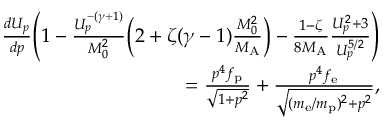
\begin{array} { r } { \frac { d U _ { p } } { d p } \Bigg ( 1 - \frac { U _ { p } ^ { - ( \gamma + 1 ) } } { M _ { 0 } ^ { 2 } } \Big ( 2 + \zeta ( \gamma - 1 ) \frac { M _ { 0 } ^ { 2 } } { M _ { \mathrm { A } } } \Big ) - \frac { 1 - \zeta } { 8 M _ { \mathrm { A } } } \frac { U _ { p } ^ { 2 } + 3 } { U _ { p } ^ { 5 / 2 } } \Bigg ) } \\ { = \frac { p ^ { 4 } f _ { \mathrm { p } } } { \sqrt { 1 + p ^ { 2 } } } + \frac { p ^ { 4 } f _ { \mathrm { e } } } { \sqrt { ( m _ { \mathrm { e } } / m _ { \mathrm { p } } ) ^ { 2 } + p ^ { 2 } } } , } \end{array}